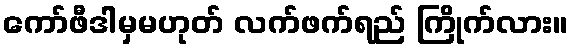
ကော်ဖီဒါမှမဟုတ် လက်ဖက်ရည် ကြိုက်လား။